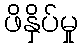
ဖိနှိပ်မှု